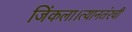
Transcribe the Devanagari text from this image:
जिंकला।त्यानतंरची